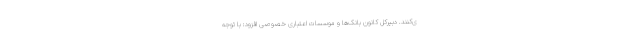
ی‌کنند. دبیرکل کانون بانک‌ها و موسسات اعتباری خصوصی افزود: با توجه